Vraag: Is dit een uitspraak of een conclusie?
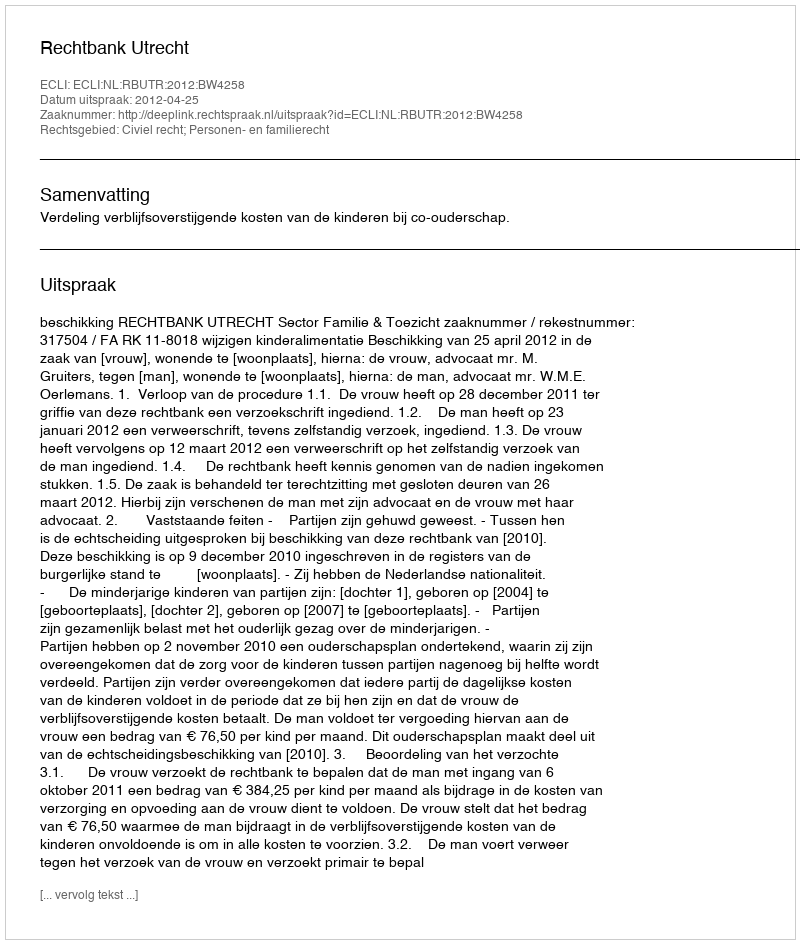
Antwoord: Uitspraak